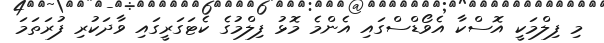
މި ފިލްމަކީ އޮސްކާ އެވޯޑްސްގައި އެންމެ މޮޅު ފިލްމުގެ ކެޓަގަރީގައި ވާދަކުރި ފުރަތަމަ